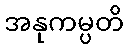
အနုကမ္ပတိ